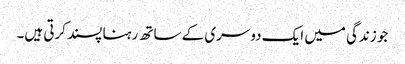
جو زندگی میں ایک دوسری کے ساتھ رہنا پسند کرتی ہیں۔